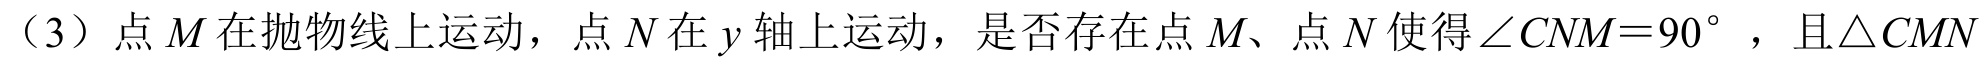
（3）点\(M\)在抛物线上运动，点\(N\)在\(y\)轴上运动，是否存在点\(M\)、点\(N\)使得\(\angle CNM = 90^{\circ}\) ，且\(\triangle CMN\)